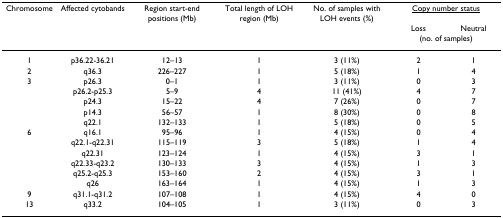
<table><thead><tr><td><b>Chromosome</b></td><td><b>Affected cytobands</b></td><td><b>Region start-end positions (Mb)</b></td><td><b>Total length of LOH region (Mb)</b></td><td><b>No. of samples with LOH events (%)</b></td><td colspan="2"><b><underline>Copy number status</underline></b></td></tr><tr><td></td><td></td><td></td><td></td><td></td><td><b>Loss</b></td><td><b>Neutral</b></td></tr><tr><td></td><td></td><td></td><td></td><td></td><td colspan="2"><b>(no. of samples)</b></td></tr></thead><tbody><tr><td>1</td><td>p36.22-36.21</td><td>12–13</td><td>1</td><td>3 (11%)</td><td>2</td><td>1</td></tr><tr><td>2</td><td>q36.3</td><td>226–227</td><td>1</td><td>5 (18%)</td><td>1</td><td>4</td></tr><tr><td>3</td><td>p26.3</td><td>0–1</td><td>1</td><td>3 (11%)</td><td>0</td><td>3</td></tr><tr><td></td><td>p26.2-p25.3</td><td>5–9</td><td>4</td><td>11 (41%)</td><td>4</td><td>7</td></tr><tr><td></td><td>p24.3</td><td>15–22</td><td>4</td><td>7 (26%)</td><td>0</td><td>7</td></tr><tr><td></td><td>p14.3</td><td>56–57</td><td>1</td><td>8 (30%)</td><td>0</td><td>8</td></tr><tr><td></td><td>q22.1</td><td>132–133</td><td>1</td><td>5 (18%)</td><td>0</td><td>5</td></tr><tr><td>6</td><td>q16.1</td><td>95–96</td><td>1</td><td>4 (15%)</td><td>0</td><td>4</td></tr><tr><td></td><td>q22.1-q22.31</td><td>115–119</td><td>3</td><td>5 (18%)</td><td>1</td><td>4</td></tr><tr><td></td><td>q22.31</td><td>123–124</td><td>1</td><td>4 (15%)</td><td>3</td><td>1</td></tr><tr><td></td><td>q22.33-q23.2</td><td>130–133</td><td>3</td><td>4 (15%)</td><td>1</td><td>3</td></tr><tr><td></td><td>q25.2-q25.3</td><td>153–160</td><td>2</td><td>4 (15%)</td><td>3</td><td>1</td></tr><tr><td></td><td>q26</td><td>163–164</td><td>1</td><td>4 (15%)</td><td>1</td><td>3</td></tr><tr><td>9</td><td>q31.1-q31.2</td><td>107–108</td><td>1</td><td>4 (15%)</td><td>4</td><td>0</td></tr><tr><td>13</td><td>q33.2</td><td>104–105</td><td>1</td><td>3 (11%)</td><td>0</td><td>3</td></tr></tbody></table>